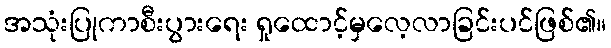
အသုံးပြုကာစီးပွားရေး ရှုထောင့်မှလေ့လာခြင်းပင်ဖြစ်၏။